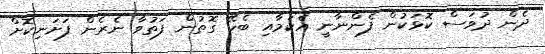
ދެން ދުވަސް ކޮޅަކުން ފެންނާނީ އެކަމާއި ބެހޭ ގޮތުން ފަތުވާ ނެރެން ފަށަނިކޮށް